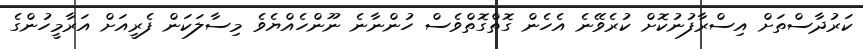
ކަރުދާސްތަށް އިސްރާފުނުކޮށް ކުރެވޭނެ އެހެން ގޮތްގޮތްވެސް ހުންނާނެ ނޫންހެއްޔެވެ މިސާލަކަން ފެރީއަށް އަރާމީހުންގެ